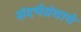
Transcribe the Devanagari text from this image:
संदर्भग्रंथाचे